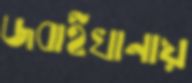
জবাইখানায়